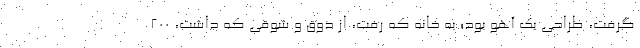
گرفت، طراحی یک آهو بود؛ به خانه که رفت، از ذوق و شوقی که داشت، ۲۰۰